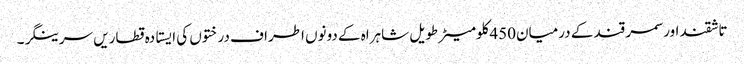
تاشقند اور سمر قند کے درمیان450کلومیٹر طویل شاہراہ کے دونوں اطراف درختوں کی ایستادہ قطاریں سرینگر۔